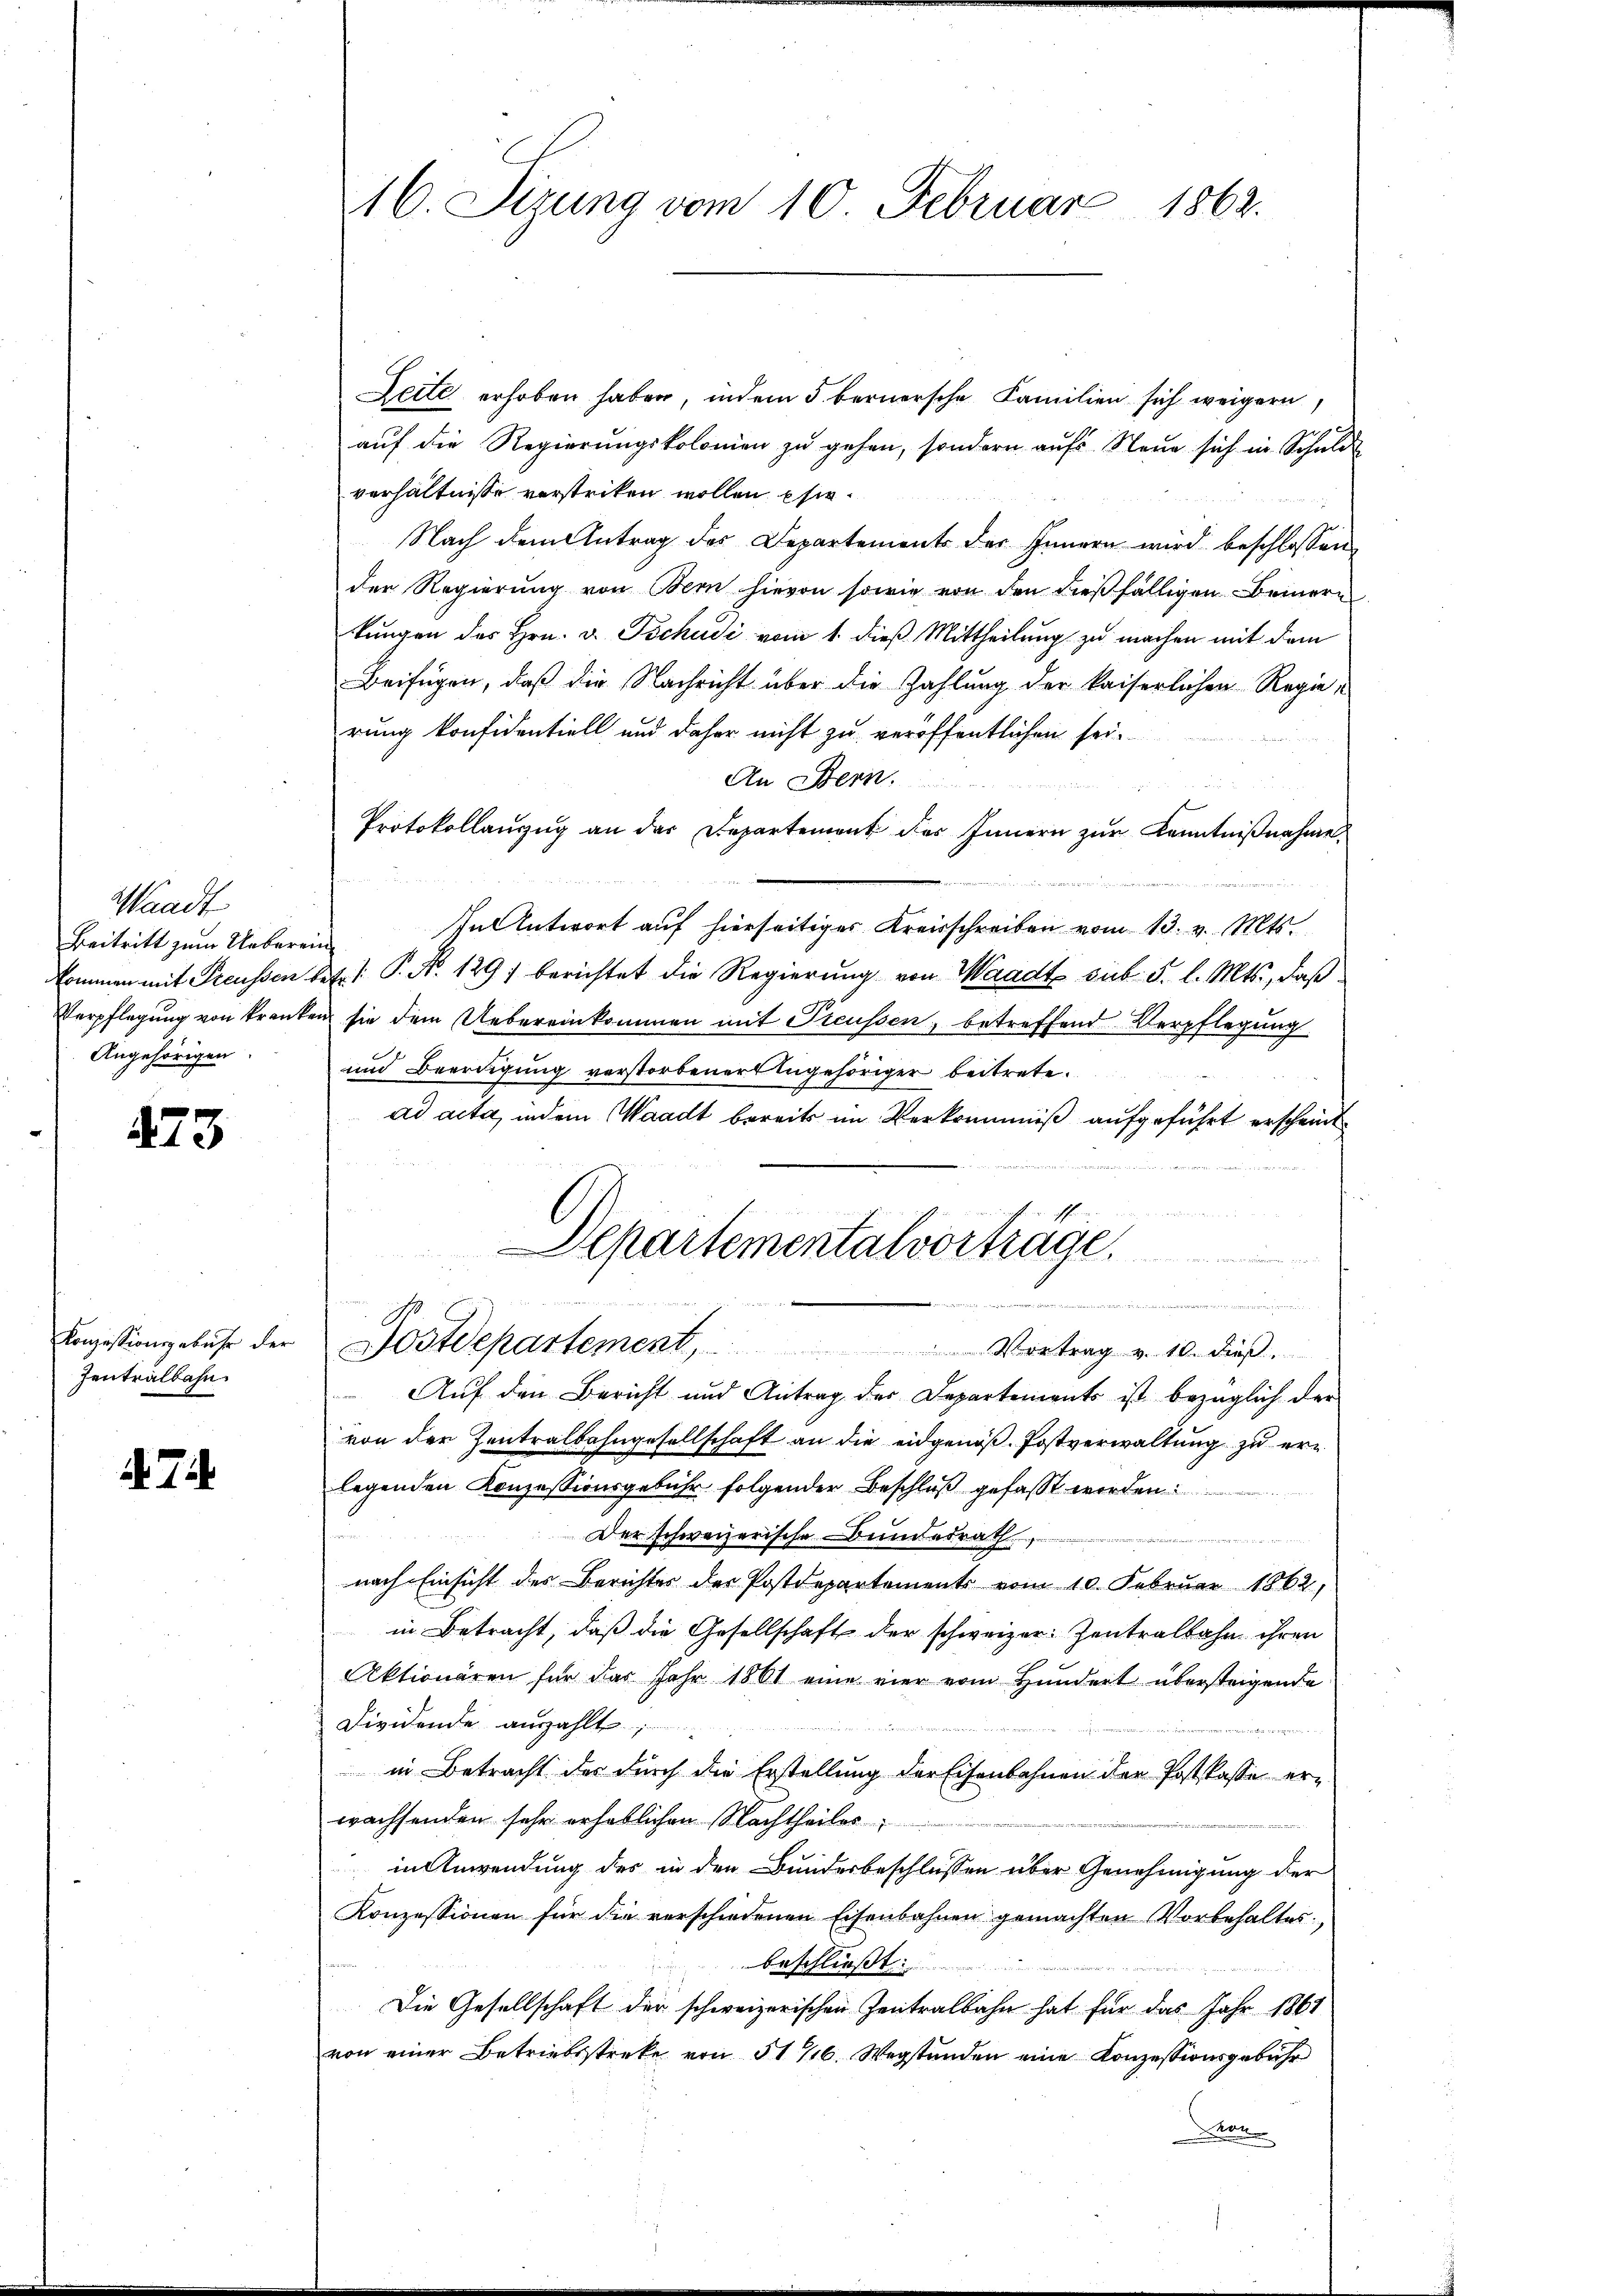
Waadt
Beitritt zum Ueberein¬
Angehörigen.

473

Zentralbahn.

d. 7.

16. Sizung vom 10. Februar 1862.

Zeite erhoben haben, indem 5. bernersche Familien sich weigern
auf die Regierungskolonien zu gehen, sondern aufs Neue sich in Schulde
verhältnisse verstriken wollen psie¬
Nach dem Antrag des Departement des Innern wird beschlossen
der Regierung von Bern hievon sowie von den dießfälligen Bemerkungen des Hrn. v. Tschudi vom 1. dieß Mittheilung zu machen mit dem
Beifügen, daß die Nachricht über die Zahlung der kaiserlichen Regierung konfidentiell und daher nicht zu veröffentlichen sei¬

An Bern,
Protokollanzŭg an der Departement des Innern zŭr Kenntniβnahme
Inl Antwort auf hierseitiges Kreisschreiben vom 13. v. Mts.
kommen mit Preussen betr. P. No. 129) berichtet die Regierŭng von Waadt sub. 5. l. Mts., daß
Verpflegung von kranken sie dem Uebereinkommen mit Preussen, betreffend Verpflegung
und Beerdigung verstorbener Angehöriger beitrete.
ad acta, indem Waadt bereits im Verkrumniß aufgeführt erscheint
Auf den Bericht und Antrag des Departements ist bezüglich der
von der Zentralbahngesellschaft an die eidgenöß. Postverwaltung zu erlegenden Konzessionsgebühr folgender Beschluß gefasst worden
Der schweizerische Bundesrath,
e
nach Einsicht der Berichtes der Postdepartements vom 10. Februar 1862,
in Betracht, daß die Gesellschaft der schweizer Zentralbahn ihren
Aktionären für das Jahr 1861 eine vier vom Hundert übersteigende
Dividende anszahlt,
in Betracht der durch die Erstellung der Eisenbahnen der Postkasse erwachsenden sehr erheblichen Nachtheiles
in Anwendung des in den Bundesbeschlüssen über Genehmigung der
Konzessionen für die verschiedenen Eisenbahnen gemachten Vorbehaltes.
beschließt:
Die Gesellschaft der schweizerischen Zentralbahn hat für das Jahr 1861
von einer Betriebsstreke von 516. Wegstunden eine Konzessionsgebühr
Ston

d
Departementalvorträge.
nade der u den entwer
u
.
A
Konzessionsgebühr der Postdepartement,
Vortrag v. 10. dieß.